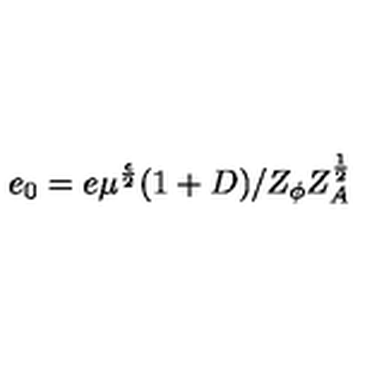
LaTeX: e _ { 0 } = e \mu ^ { \frac { \epsilon } { 2 } } ( 1 + D ) / Z _ { \phi } Z _ { A } ^ { \frac { 1 } { 2 } }